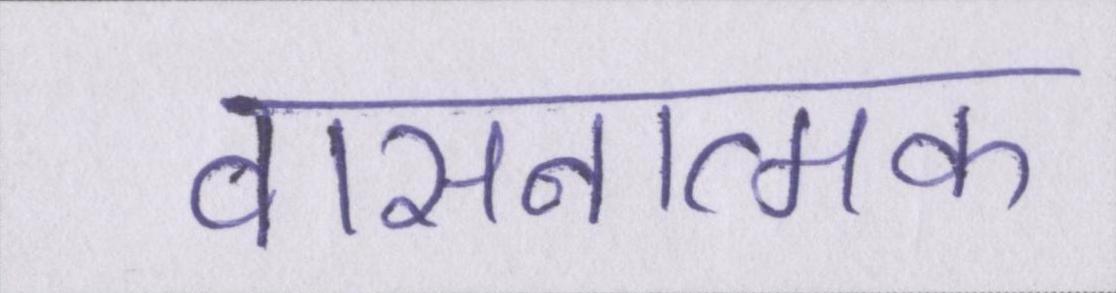
वासनात्मक